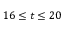
1 6 \leq t \leq 2 0